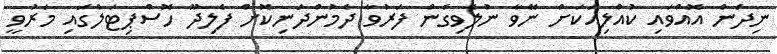
ނިދަން އޮއްވައި ކުއްލިއަކަށް ނޭވާ ނުލެވިގެން ފަރުވާ ދެމުންދަނިކޮށް ފެލިދޫ ހޮސްޕިޓަލްގައި މަރުވީ